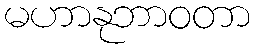
မဟာနုဘာဝတာ